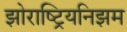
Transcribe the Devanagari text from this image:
झोराष्ट्रियनिझम